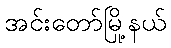
အင်းတော်မြို့နယ်